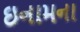
ઇનામના